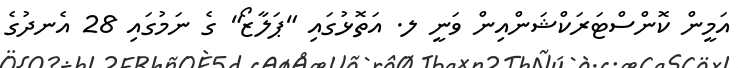
އަމީން ކޮންސްޓަރަކްޝަންއިން ވަނީ ލ. އަތޮޅުގައި "ޕަލާޒޯ" ގެ ނަމުގައި 28 އެނދުގެ